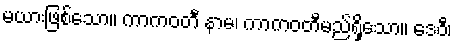
မယားဖြစ်သော။ ကာကဝတီ နာမ၊ ကာကဝတီမည်ရှိသော။ ဒေဝီ၊